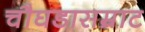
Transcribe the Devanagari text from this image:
चौघडासम्राट